Lunatic asylums United Provinces 1899-1908 - 1899-1908
Year: 1899
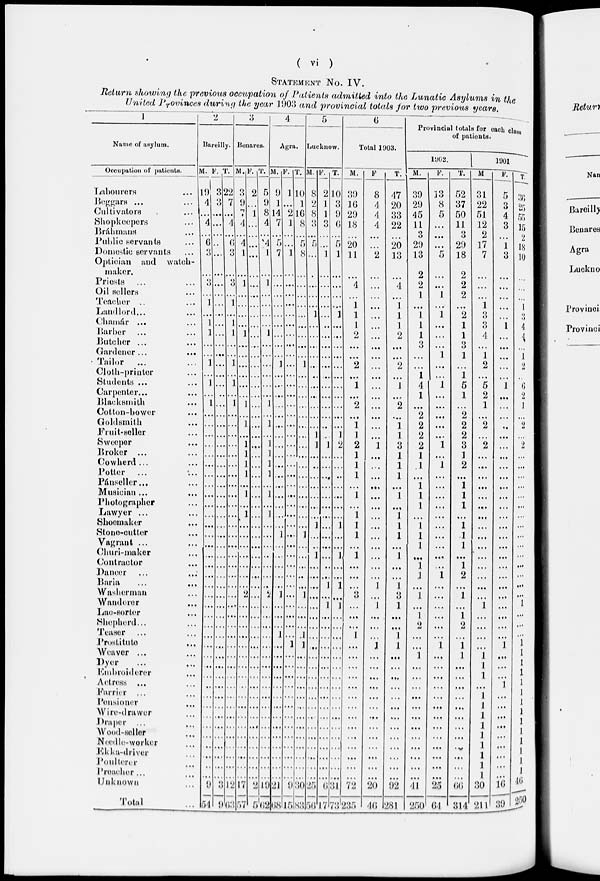
( vi )
STATEMENT NO. IV.
Return showing the previous occupation of Patients admitted into the Lunatic Asylums in the
United Povinces during the year 1903 and provincial totals for two previous years.
1
Name of asylum.
Occupation of patients.
Labourers ...
Beggars ... ...
Cultivators ...
Shopkeepers ...
Bráhmans ...
Public servants ...
Domestic Servants ...
Optician and watch-
maker.
Priests ... ...
Oil sellers ...
Teacher ... ...
Landlord ... ...
Chamár ... ...
Barber ... ...
Butcher ... ...
Gardener ... ...
Tailor ... ...
Cloth-printer ...
Students ... ...
Carpenter ... ...
Blacksmith ...
Cotton-bower ...
Goldsmith ...
Fruit-seller ...
Sweeper ...
Broker ... ...
Cowherd ... ...
Potter
... ...
Pánseller ... ...
Musician ... ...
Photographer ...
Lawyer ... ...
Shoemaker ...
Stone-cutter ...
Vagrant ... ...
Churi-maker ...
Contractor ...
Dancer ... ...
Baria ... ...
Washerman ...
Wanderer ...
Lac-Sorter ...
Shepherd ... ...
Teaser ... ...
Prostitute ...
Weaver ... ...
Dyer ... ...
Embroiderer ...
Actress ... ...
Farrier ... ...
Pensioner ...
Wire-drawer ...
Draper ... ...
Wood-seller ...
Needle-worker ...
Ekka-driver ...
Poulterer ...
Preacher ... ...
Unknown ...
Total ...
2
Bareilly.
M.
19
4
...
4
...
6
3
...
3
...
1
...
1
1
...
...
1
...
1
...
1
...
...
...
...
...
...
...
...
...
...
...
...
...
...
...
...
...
...
...
...
...
...
...
...
...
...
...
...
...
...
...
...
...
...
...
...
...
9
54
F.
3
3
...
...
...
...
... ...
...
...
...
...
...
...
...
...
...
...
...
...
...
...
...
...
...
...
...
...
...
...
...
...
...
...
...
...
...
...
...
...
...
...
...
...
...
...
...
...
...
...
...
...
...
...
...
...
...
...
3
9
T.
22
7
...
4
...
6
3
...
3
...
1
...
1
1
...
...
1
...
1
...
1
...
...
...
...
...
...
...
...
...
...
...
...
...
...
...
...
...
...
...
...
...
...
...
...
...
...
...
...
...
...
...
...
...
...
...
...
...
12
63
3
Benares.
M.
3
9
7
4
...
4
1
...
1
...
...
...
...
1
...
...
...
...
...
...
1
...
1
...
1
1
1
1
...
1
...
1
...
...
...
...
...
...
...
2
...
...
...
...
...
...
...
...
...
...
...
...
...
...
...
...
...
...
17
57
F.
2
...
1
...
...
...
...
...
...
...
...
...
...
...
...
...
...
...
...
...
...
...
...
...
...
...
...
...
...
...
...
...
...
...
...
...
...
...
...
...
...
...
...
...
...
...
...
...
...
...
...
...
...
...
...
...
...
...
2
5
T.
5
9
8
4
...
4
1
...
1
...
...
...
...
1
...
...
...
...
...
...
1
...
1
...
1
1
1
1
...
1
...
1
...
...
...
...
...
...
...
2
...
...
...
...
...
...
...
...
...
...
...
...
...
...
...
...
...
...
19
62
4
Agra.
M.
9
1
14
7
...
5
7
...
...
...
...
...
...
...
...
...
1
...
...
...
...
...
...
...
...
...
...
...
...
...
...
...
...
1
...
...
...
...
...
1
...
...
...
1
...
...
...
...
...
...
...
...
...
...
...
...
...
...
21
68
F.
1
...
2
1
...
...
1
...
...
...
...
...
...
...
...
...
...
...
...
...
...
...
...
...
...
...
...
...
...
...
...
...
...
...
...
...
...
...
...
...
...
...
...
...
1
...
...
...
...
...
...
...
...
...
...
...
...
...
9
15
T.
10
1
16
8
...
5
8
...
...
...
...
...
...
...
...
...
1
...
...
...
...
...
...
...
...
...
...
...
...
...
...
...
...
1
...
...
...
...
...
1
...
...
...
1
1
...
...
...
...
...
...
...
...
...
...
...
...
...
30
83
5
Lucknow.
M.
8
2
8
3
...
5
...
...
...
...
...
1
...
...
...
...
...
...
...
...
...
...
...
...
1
...
...
...
...
...
...
...
1
...
...
1
...
...
...
...
...
...
...
...
...
...
...
...
...
...
...
...
...
...
...
...
...
...
25
56
F.
2
1
1
3
...
...
1
...
...
...
...
...
...
...
...
...
...
...
...
...
...
...
...
1
1
...
...
...
...
...
...
...
...
...
...
...
...
...
1
...
1
...
...
...
...
...
...
...
...
...
...
...
...
...
...
...
...
...
6
7
T.
10
3
9
6
...
5
1
...
...
...
...
1
...
...
...
...
...
...
...
...
...
...
...
...
2
...
...
...
...
...
...
...
1
...
...
1
...
...
1
...
1
...
...
...
...
...
...
...
...
...
...
...
...
...
...
...
...
...
31
73
6
Total 1903.
M.
39
16
29
18
...
20
11
...
4
...
1
1
1
2
...
...
2
...
1
...
2
...
1
1
2
1
1
1
...
1
...
1
1
1
...
1
...
...
...
3
...
...
...
1
...
...
...
...
...
...
...
...
...
...
...
...
...
...
72
235
F
8
4
4
4
...
...
2
...
...
...
...
...
...
...
...
...
...
...
...
...
...
...
...
...
1
...
...
...
...
...
...
...
...
...
...
...
...
...
1
...
1
...
...
...
1
...
...
...
...
...
...
...
...
...
...
...
...
...
20
46
T.
47
20
33
22
...
20
13
...
4
...
1
1
1
2
...
...
2
...
1
...
2
...
1
1
3
1
1
1
...
1
...
1
1
1
...
1
...
...
1
3
1
...
...
1
1
...
...
...
...
...
...
...
...
...
...
...
...
...
92
281
Provincial totals for each class
of patients.
1962.
M.
39
29
45
11
3
29
13
2
2
1
...
1
1
1
3
...
...
1
4
1
...
2
2
2
2
1
1
...
1
1
1
...
1
1
1
...
1
1
...
1
...
1
2
...
...
1
...
...
...
...
...
...
...
...
...
...
...
...
41
250
F.
13
8
5
...
...
...
5
...
...
1
...
1
...
...
...
1
...
...
1
...
...
...
...
...
1
...
1
...
...
...
...
...
...
...
...
...
...
1
...
...
...
...
...
...
1
...
...
...
...
...
...
...
...
...
...
...
...
...
25
64
T.
52
37
50
11
3
29
18
2
2
2
...
2
1
1
3
1
...
1
5
1
...
2
2
2
3
1
2
...
1
1
1
...
1
1
1
...
1
2
...
1
...
1
2
...
1
1
...
...
...
...
...
...
...
...
...
...
...
...
66
314
1901
M
31
22
51
12
2
17
7
...
...
...
1
3
3
4
...
1
2
...
5
2
1
...
2
...
2
...
...
...
...
...
...
...
...
...
...
...
...
...
...
...
1
...
...
...
...
1
1
1
...
1
1
1
1
1
1
1
1
1
30
211
F.
5
3
4
3
...
1
3
...
...
...
...
...
1
...
...
...
...
...
1
...
...
...
...
...
...
...
...
...
...
...
...
...
...
...
...
...
...
...
...
...
...
...
...
...
1
...
...
...
1
...
...
...
...
...
...
...
...
...
16
39
T.
36
25
55
15
2
18
10
...
...
...
1
3
4
4
...
1
2
...
6
2
1
...
2
...
2
...
...
...
...
...
...
...
...
...
...
...
...
...
...
...
1
...
...
...
1
1
1
1
1
1
1
1
1
1
1
1
1
1
46
250